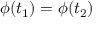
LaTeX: \phi ( t _ { 1 } ) = \phi ( t _ { 2 } )